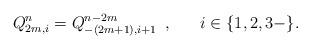
LaTeX: \begin{align*}Q_{2m,i}^{n}=Q_{-(2m+1),i+1}^{n-2m}\,\,\, , \hspace{20pt}i\in \{ 1,2,3-\} .\end{align*}